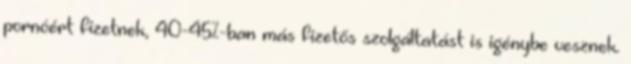
pornóért fizetnek, 40-45%-ban más fizetős szolgáltatást is igénybe vesznek.